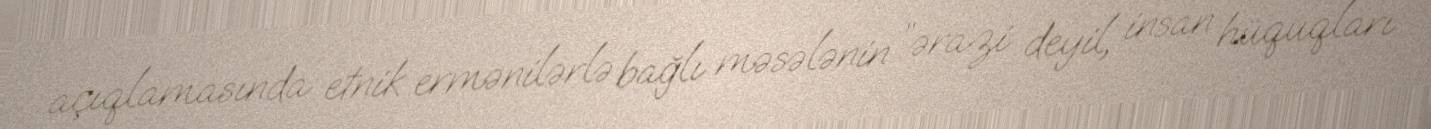
açıqlamasında etnik ermənilərlə bağlı məsələnin ”ərazi deyil, insan hüquqları